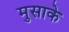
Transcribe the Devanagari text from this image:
मुसाके